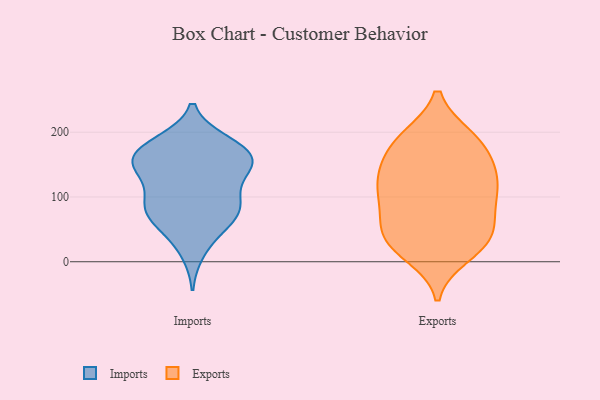
{"axis": {"x": "Production Output", "y": "Value"}, "legend": ["Exports", "Imports"], "data": [{"x": "", "y": 91, "type": "Imports"}, {"x": "", "y": 15, "type": "Imports"}, {"x": "", "y": 181, "type": "Imports"}, {"x": "", "y": 47, "type": "Imports"}, {"x": "", "y": 144, "type": "Imports"}, {"x": "", "y": 90, "type": "Imports"}, {"x": "", "y": 162, "type": "Imports"}, {"x": "", "y": 145, "type": "Imports"}, {"x": "", "y": 65, "type": "Imports"}, {"x": "", "y": 87, "type": "Imports"}, {"x": "", "y": 150, "type": "Imports"}, {"x": "", "y": 185, "type": "Imports"}, {"x": "", "y": 159, "type": "Imports"}, {"x": "", "y": 61, "type": "Imports"}, {"x": "", "y": 146, "type": "Imports"}, {"x": "", "y": 93, "type": "Imports"}, {"x": "", "y": 170, "type": "Imports"}, {"x": "", "y": 81, "type": "Imports"}, {"x": "", "y": 181, "type": "Imports"}, {"x": "", "y": 132, "type": "Imports"}, {"x": "", "y": 154, "type": "Exports"}, {"x": "", "y": 36, "type": "Exports"}, {"x": "", "y": 191, "type": "Exports"}, {"x": "", "y": 124, "type": "Exports"}, {"x": "", "y": 103, "type": "Exports"}, {"x": "", "y": 37, "type": "Exports"}, {"x": "", "y": 78, "type": "Exports"}, {"x": "", "y": 177, "type": "Exports"}, {"x": "", "y": 191, "type": "Exports"}, {"x": "", "y": 27, "type": "Exports"}, {"x": "", "y": 122, "type": "Exports"}, {"x": "", "y": 47, "type": "Exports"}, {"x": "", "y": 192, "type": "Exports"}, {"x": "", "y": 121, "type": "Exports"}, {"x": "", "y": 153, "type": "Exports"}, {"x": "", "y": 11, "type": "Exports"}, {"x": "", "y": 85, "type": "Exports"}, {"x": "", "y": 24, "type": "Exports"}, {"x": "", "y": 69, "type": "Exports"}, {"x": "", "y": 125, "type": "Exports"}]}